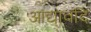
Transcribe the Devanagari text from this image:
आद्यावदि